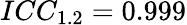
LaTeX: ICC_{1.2}=0.999